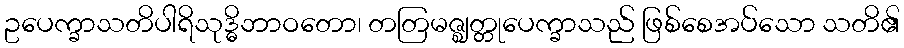
ဥပေက္ခာသတိပါရိသုဒ္ဓိဘာဝတော၊ တတြမဇ္ဈတ္တုပေက္ခာသည် ဖြစ်စေအပ်သော သတိ၏